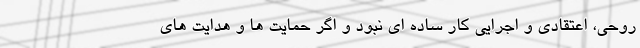
روحی، اعتقادی و اجرایی کار ساده ای نبود و اگر حمایت ها و هدایت های